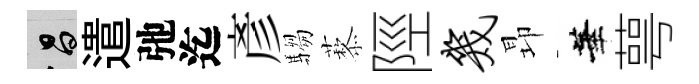
昌遣弛迄彥騶藜陘几昻華萼